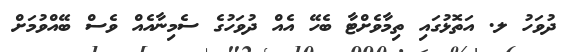
ދުވަހު ލ. އަތޮޅުގައި ތިމާވެށްޓާ ބެހޭ އެއް ދުވަހުގެ ސެމިނާއެއް ވެސް ބޭއްވުމަށް